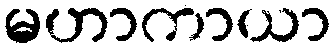
မဟာကာယာ